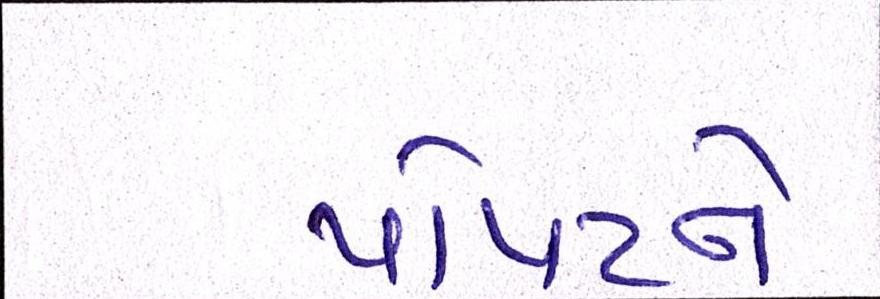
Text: પોપટને